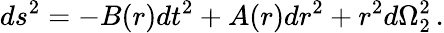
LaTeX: ds^{2}=-B(r)dt^{2}+A(r)dr^{2}+r^{2}d\Omega_{2}^{2}\, .